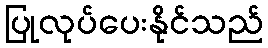
ပြုလုပ်ပေးနိုင်သည်